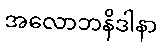
အလောဘနိဒါနာ